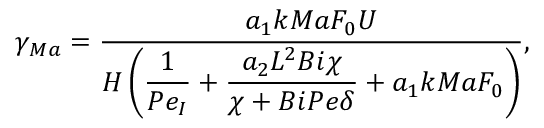
\gamma _ { M a } = \frac { a _ { 1 } k { M a } F _ { 0 } U } { \displaystyle H \left( \frac { 1 } { P e _ { I } } + \frac { a _ { 2 } L ^ { 2 } { B i } \chi } { \chi + { B i } { P e } \delta } + a _ { 1 } k { M a } F _ { 0 } \right) } ,